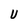
Character: U